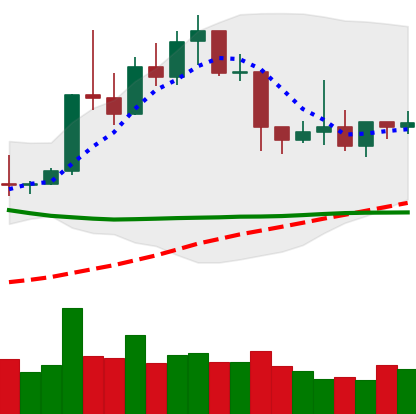
Ticker: XLM-USD
Chart end date: 2019-04-18
Forward return: -4.72%
Label: down_3_5